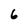
Character: 6